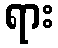
ရား